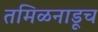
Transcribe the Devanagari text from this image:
तमिळनाडूच